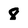
Character: 8